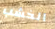
الخشب